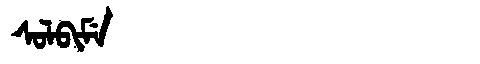
Manchu: ᠰᠣᠯᠪᡳᠮᡝ
Romanization: SOLBIME